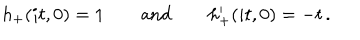
LaTeX: h _ { + } ( i t , 0 ) = 1 \qquad \mathrm { a n d } \qquad h _ { + } ^ { \prime } ( i t , 0 ) = - t \, .